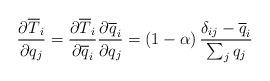
LaTeX: \begin{align*}\frac{\partial \overline{T}_{i}}{\partial q_{j}}=\frac{\partial \overline{T}_{i}}{\partial \overline{q}_{i}}\frac{\partial \overline{q}_{i}}{\partial q_{j}}=\left(1-\alpha\right)\frac{\delta_{ij}-\overline{q}_{i}}{\sum_{j}q_{j}}\end{align*}